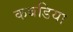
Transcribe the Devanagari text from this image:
कबडिया